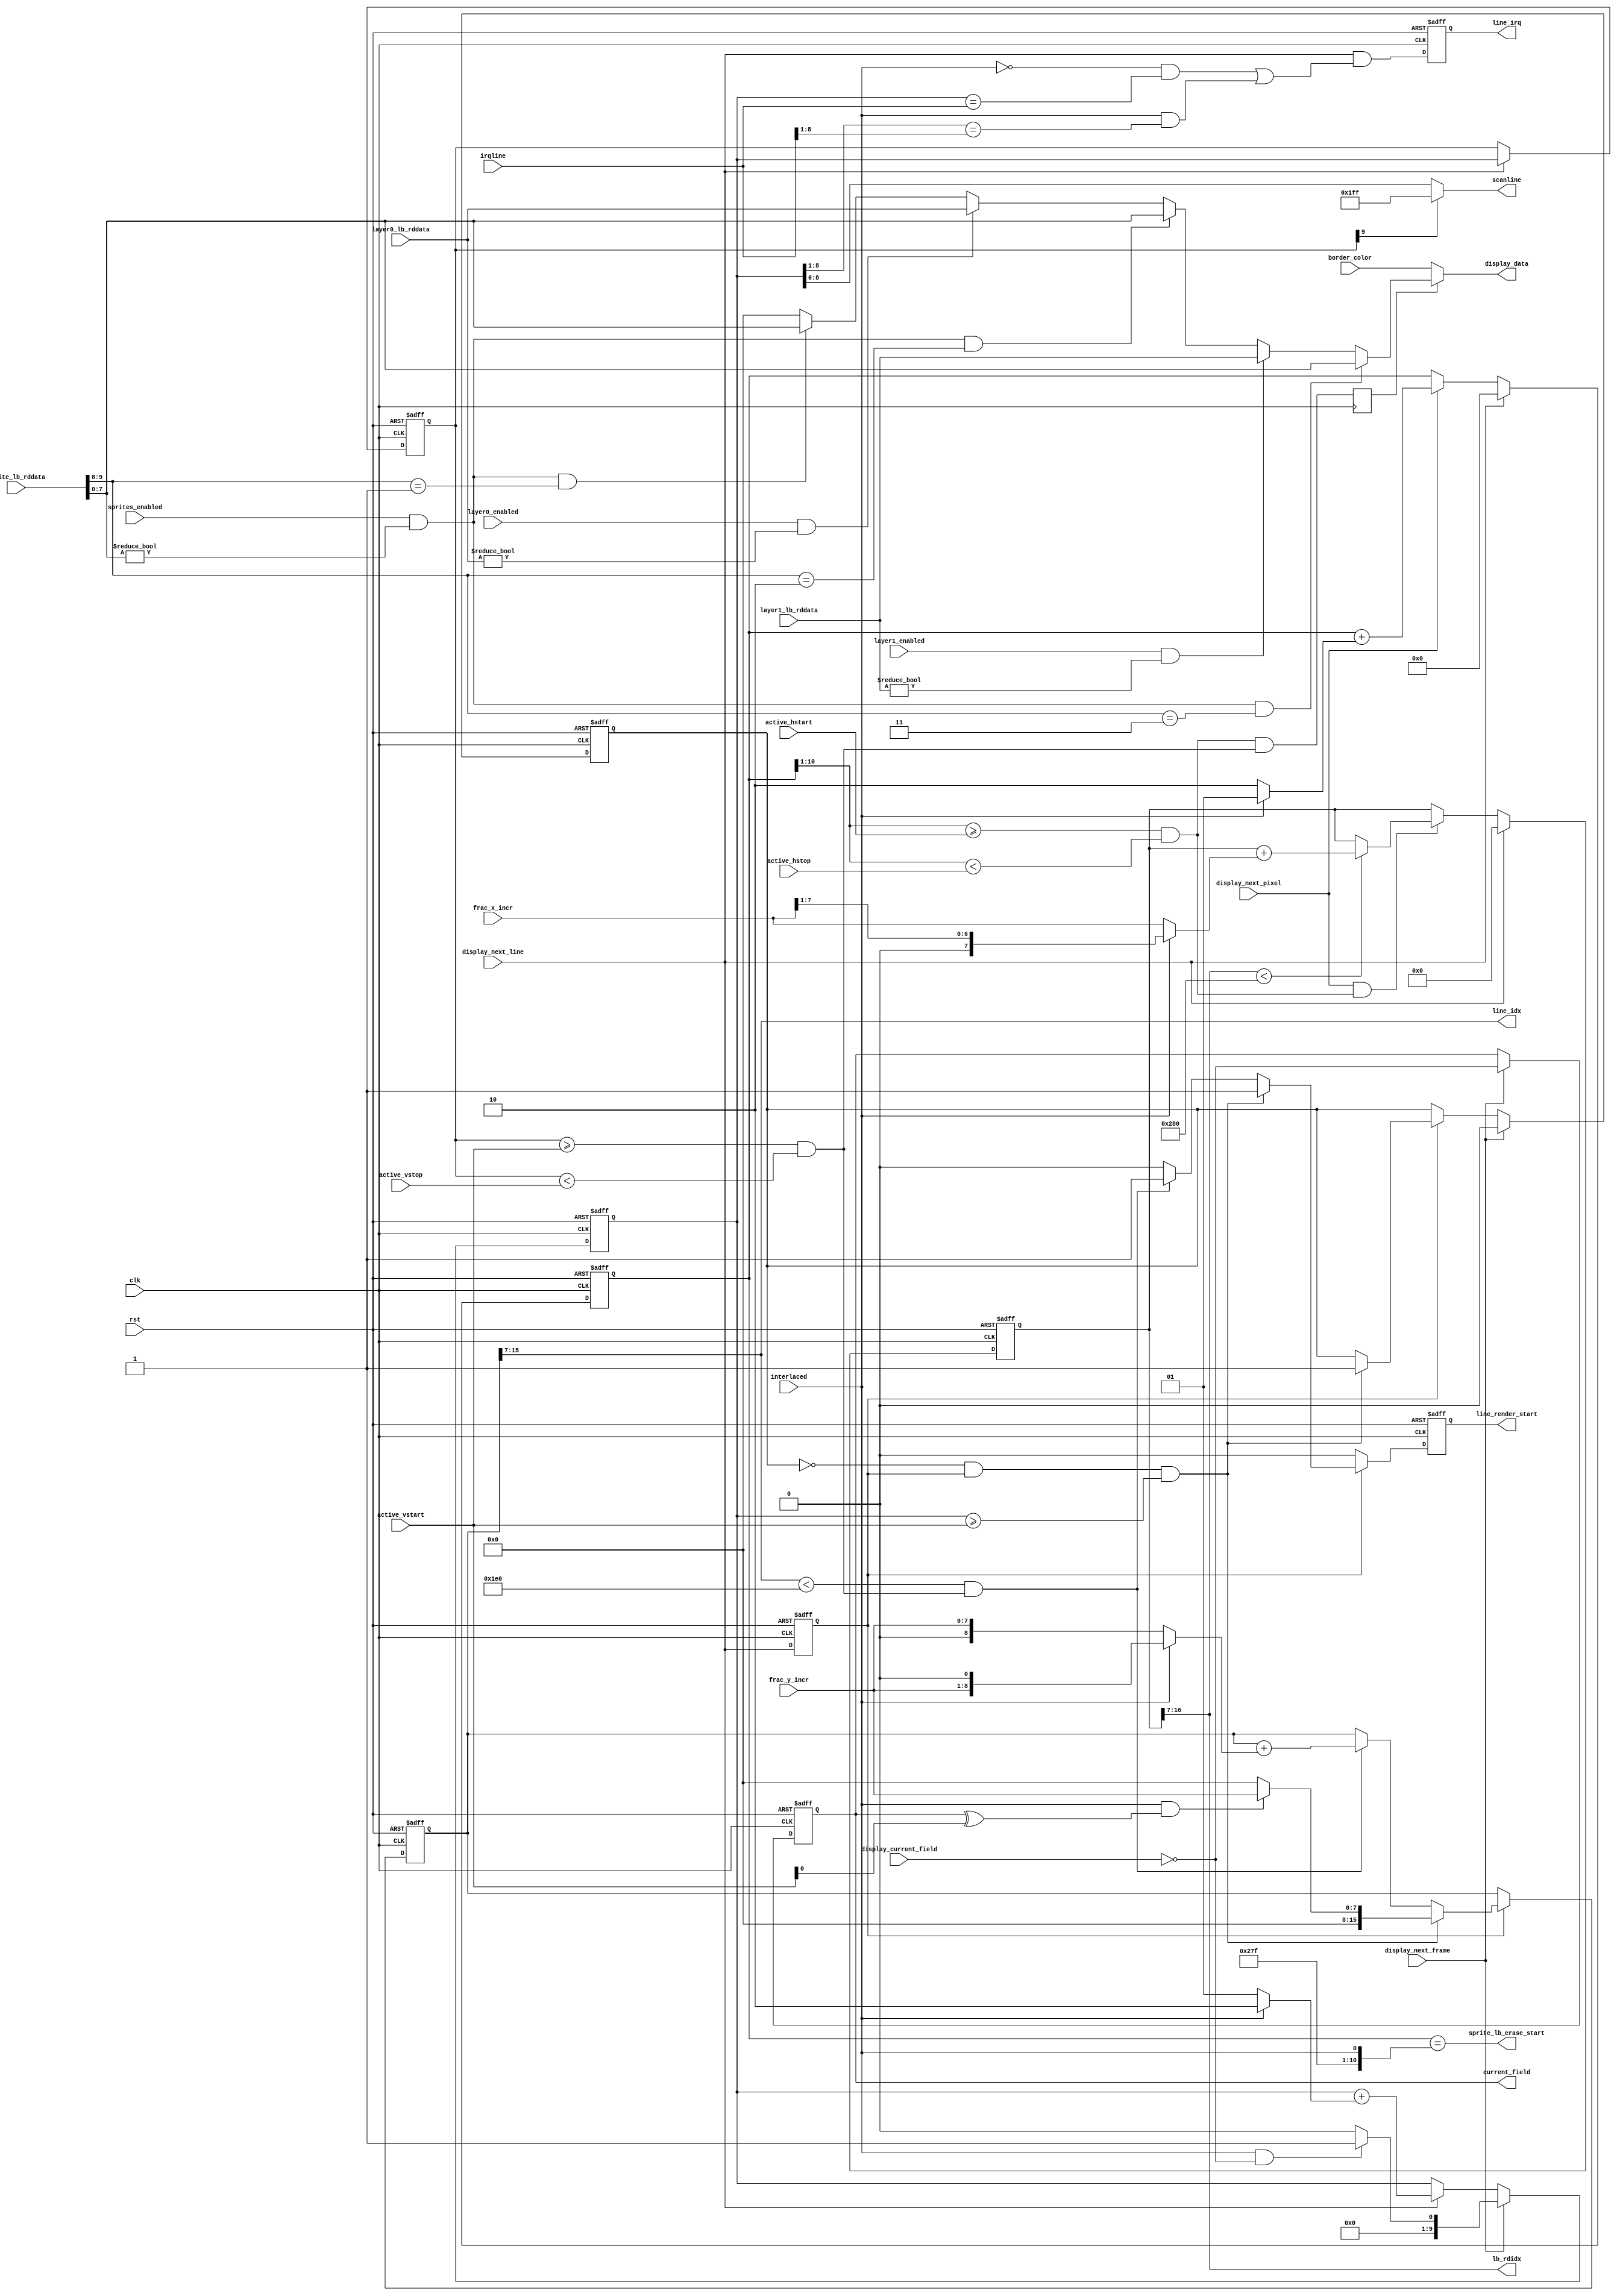
//`default_nettype none

module composer(
    input  wire        rst,
    input  wire        clk,

    // Register interface
    input  wire        interlaced,
    input  wire  [7:0] frac_x_incr,
    input  wire  [7:0] frac_y_incr,
    input  wire  [7:0] border_color,
    input  wire  [9:0] active_hstart,
    input  wire  [9:0] active_hstop,
    input  wire  [8:0] active_vstart,
    input  wire  [8:0] active_vstop,
    input  wire  [8:0] irqline,
    input  wire        layer0_enabled,
    input  wire        layer1_enabled,
    input  wire        sprites_enabled,

    output reg         current_field,
    output reg         line_irq,

    output wire [8:0]  scanline,

    // Render interface
    output wire  [8:0] line_idx,
    output wire        line_render_start,
    output wire  [9:0] lb_rdidx,
    input  wire  [7:0] layer0_lb_rddata,
    input  wire  [7:0] layer1_lb_rddata,
    input  wire [15:0] sprite_lb_rddata,
    output wire        sprite_lb_erase_start,

    // Display interface
    input  wire        display_next_frame,
    input  wire        display_next_line,
    input  wire        display_next_pixel,
    input  wire        display_current_field,
    output reg   [7:0] display_data);

    // Interlaced modes have double the amount of horizontal clocks
    wire [7:0] frac_x_incr_int = interlaced ? {1'b0, frac_x_incr[7:1]} : frac_x_incr;

    //////////////////////////////////////////////////////////////////////////
    // Composer
    //////////////////////////////////////////////////////////////////////////
    reg [16:0] scaled_x_counter_r;
    wire [9:0] scaled_x_counter = scaled_x_counter_r[16:7];

    reg [15:0] scaled_y_counter_r;
    wire [8:0] scaled_y_counter = scaled_y_counter_r[15:7];

    reg render_start_r;

    // Output control signals to other units
    assign line_idx          = scaled_y_counter;
    assign line_render_start = render_start_r;
    assign lb_rdidx          = scaled_x_counter;

    wire layer0_opaque = layer0_lb_rddata[7:0] != 8'h0;
    wire layer1_opaque = layer1_lb_rddata[7:0] != 8'h0;
    wire sprite_opaque = sprite_lb_rddata[7:0] != 8'h0;

    wire sprite_z1 = sprite_lb_rddata[9:8] == 2'd1;
    wire sprite_z2 = sprite_lb_rddata[9:8] == 2'd2;
    wire sprite_z3 = sprite_lb_rddata[9:8] == 2'd3;

    // Regular vertical counter
    reg  [9:0] y_counter_r, y_counter_rr;
    reg  next_line_r;

    always @(posedge clk or posedge rst) begin
        if (rst) begin
            y_counter_r   <= 0;
            y_counter_rr  <= 0;
            next_line_r   <= 0;
            current_field <= 0;
        end else begin
            next_line_r <= display_next_line;
            if (display_next_line) begin
                // Interlaced mode skips every other line
                y_counter_r  <= y_counter_r + (interlaced ? 9'd2 : 9'd1);

                y_counter_rr <= y_counter_r;
            end
            if (display_next_frame) begin
                current_field <= !display_current_field;

                // Interlaced mode starts at either the even or odd line
                y_counter_r <= (interlaced && !display_current_field) ? 9'd1 : 9'd0;
            end
        end
    end

    // Generate line irq
    always @(posedge clk or posedge rst) begin
        if (rst) begin
            line_irq <= 0;

        end else begin
            line_irq <= display_next_line && (
                (!interlaced && y_counter_r == irqline) ||
                ( interlaced && y_counter_r[8:1] == irqline[8:1]));
        end
    end

    // Regular horizontal counter
    reg [10:0] x_counter_r;
    always @(posedge clk or posedge rst) begin
        if (rst) begin
            x_counter_r <= 0;
        end else begin
            if (display_next_pixel) begin
                x_counter_r <= x_counter_r + (interlaced ? 11'd1 : 11'd2);
            end
            if (display_next_line) begin
                x_counter_r <= 0;
            end
        end
    end

    wire [9:0] x_counter = x_counter_r[10:1];
    wire [9:0] y_counter = y_counter_rr;

    // Peg scanline at 511 for lines 512-524
    assign scanline = y_counter[9] == 1 ? 9'b1_1111_1111 : y_counter_r[8:0];

    // Generate start signal of sprite line buffer clearing
    assign sprite_lb_erase_start = (x_counter_r == {10'd639, interlaced});

    // Determine the active area of the screen where the border isn't shown
    wire hactive = (x_counter >= active_hstart) && (x_counter < active_hstop);
    wire vactive = (y_counter >= active_vstart) && (y_counter < active_vstop);
    reg display_active;
    always @(posedge clk) display_active = hactive && vactive;

    // Scaled vertical counter
    reg vactive_started_r;
    always @(posedge clk or posedge rst) begin
        if (rst) begin
            scaled_y_counter_r <= 'd0;
            render_start_r     <= 0;
            vactive_started_r  <= 0;

        end else begin
            render_start_r <= 0;

            if (next_line_r) begin
                if (!vactive_started_r && next_line_r && y_counter_r >= active_vstart) begin
                    vactive_started_r  <= 1;
                    render_start_r     <= 1;

                    // Start line is dependent of current field in interlaced mode
                    scaled_y_counter_r <= (interlaced && (current_field ^ active_vstart[0])) ? {8'b0, frac_y_incr} : 16'd0;

                end else if (scaled_y_counter < 'd480 && vactive) begin
                    render_start_r     <= 1;

                    // In interlaced modes we increment with twice the amount
                    scaled_y_counter_r <= scaled_y_counter_r + (interlaced ? {7'b0, frac_y_incr, 1'b0} : {8'b0, frac_y_incr});
                end
            end

            if (display_next_frame) begin
                vactive_started_r <= 0;
            end
        end
    end

    // Scaled horizontal counter
    always @(posedge clk or posedge rst) begin
        if (rst) begin
            scaled_x_counter_r <= 'd0;

        end else begin
            if (display_next_pixel && hactive) begin
                if (scaled_x_counter < 'd640) begin
                    scaled_x_counter_r <= scaled_x_counter_r + frac_x_incr_int;
                end
            end
            
            if (display_next_line) begin
                scaled_x_counter_r <= 0;
            end
        end
    end

    // Compose the display
    always @* begin
        display_data = border_color;

        if (display_active) begin
            display_data = 8'h00;
            if (sprites_enabled && sprite_opaque && sprite_z1) display_data = sprite_lb_rddata[7:0];
            if (layer0_enabled  && layer0_opaque)              display_data = layer0_lb_rddata;
            if (sprites_enabled && sprite_opaque && sprite_z2) display_data = sprite_lb_rddata[7:0];
            if (layer1_enabled  && layer1_opaque)              display_data = layer1_lb_rddata;
            if (sprites_enabled && sprite_opaque && sprite_z3) display_data = sprite_lb_rddata[7:0];
        end
    end

endmodule